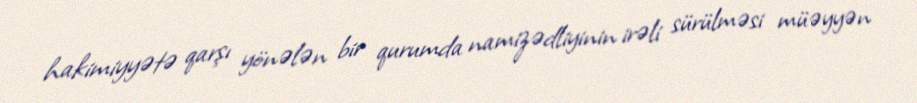
hakimiyyətə qarşı yönələn bir qurumda namizədliyinin irəli sürülməsi müəyyən